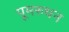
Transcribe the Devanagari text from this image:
पूमरुथन